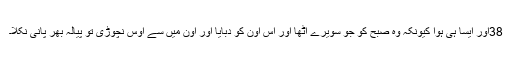
38اور اَیسا ہی ہُؤا کیونکہ وہ صُبح کو جو سویرے اُٹھا اور اُس اُون کو دبایا اور اُون میں سے اوس نچوڑی تو پِیالہ بھر پانی نِکلا۔